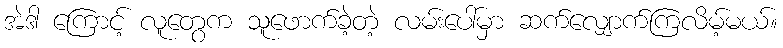
အဲဒါ ကြောင့် လူတွေက သူဖောက်ခဲ့တဲ့ လမ်းပေါ်မှာ ဆက်လျှောက်ကြလိမ့်မယ်။